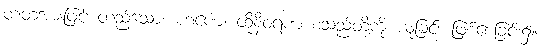
တံ့တံ့အားဖြင့် တည်သော။ ဟဏေ၊ ထိုနီဝရဏ စသည်တို့ကို ယူခြင်း ဖြစ်စေခြင်း၌။